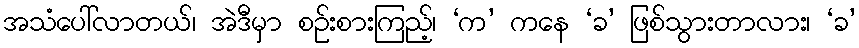
အသံပေါ်လာတယ်၊ အဲဒီမှာ စဉ်းစားကြည့်၊ ‘က’ ကနေ ‘ခ’ ဖြစ်သွားတာလား၊ ‘ခ’